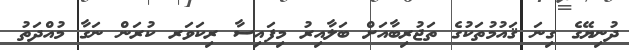
ދުނިޔޭގެ ގިނަ ޤައުމުތަކުގެ ތަޖުރިބާއަށް ބަލާއިރު މިފައިސާ ރިކަވަރ ކުރަން ނަގާ މުއްދަތު